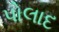
પોલાદ